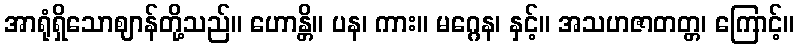
အာရုံရှိသောဈာန်တို့သည်။ ဟောန္တိ။ ပန၊ ကား။ မဂ္ဂေန၊ နှင့်။ အသဟဇာတတ္တ၊ ကြောင့်။